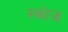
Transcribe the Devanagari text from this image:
स्क्रोज